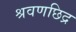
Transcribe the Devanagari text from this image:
श्रवणछिद्र